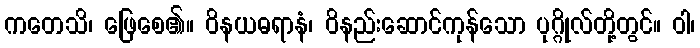
ကတေသိ၊ ဖြေစေ၏။ ဝိနယဓရာနံ၊ ဝိနည်းဆောင်ကုန်သော ပုဂ္ဂိုလ်တို့တွင်။ ဝါ၊